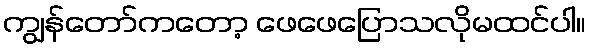
ကျွန်တော်ကတော့ ဖေဖေပြောသလိုမထင်ပါ။